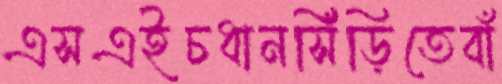
এসএইচধানসিঁড়িতেবাঁ